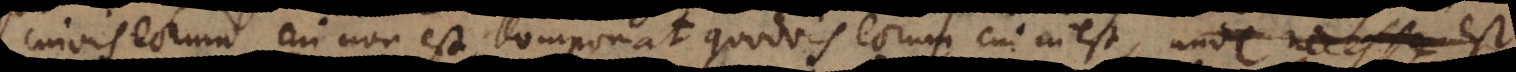
cuivis eorum cui non [in]est, componat quidvis eorum cui inest, D. C # L et